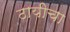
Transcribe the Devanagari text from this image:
ठायीचा